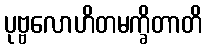
ပုဗ္ဗလောဟိတမက္ခိတာတိ